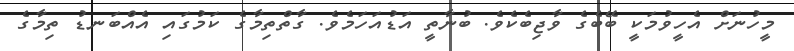
މީހުނަށް އެހީވުމަކީ ބޭބެގެ ވާޖިބެކެވެ. ބުނާތީ އަޑުއަހަމެވެ. ގާތްތިމާގެ ކަމުގައި އެއްބަނޑު ތިމާގެ